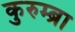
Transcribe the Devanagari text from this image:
कुरुम्ब्रा